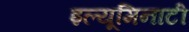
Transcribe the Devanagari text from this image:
इल्यूमिनाटी